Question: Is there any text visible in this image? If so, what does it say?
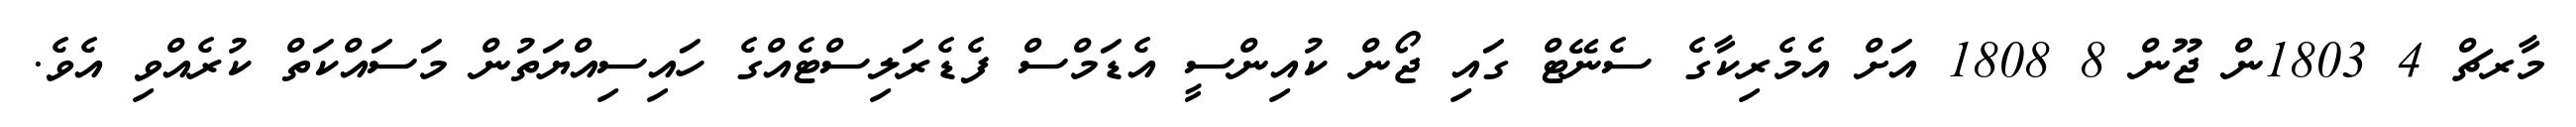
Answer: މާރޗް 4 1803ން ޖޫން 8 1808 އަށް އެމެރިކާގެ ސެނޭޓް ގައި ޖޯން ކުއިންސީ އެޑަމްސް ފެޑެރަލިސްޓެއްގެ ހައިސިއްޔަތުން މަސައްކަތް ކުރެއްވި އެވެ.